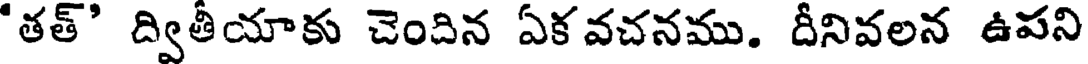
'తత్' ద్వితీయాకు చెందిన ఏక వచనము. దీనివలన ఉపని